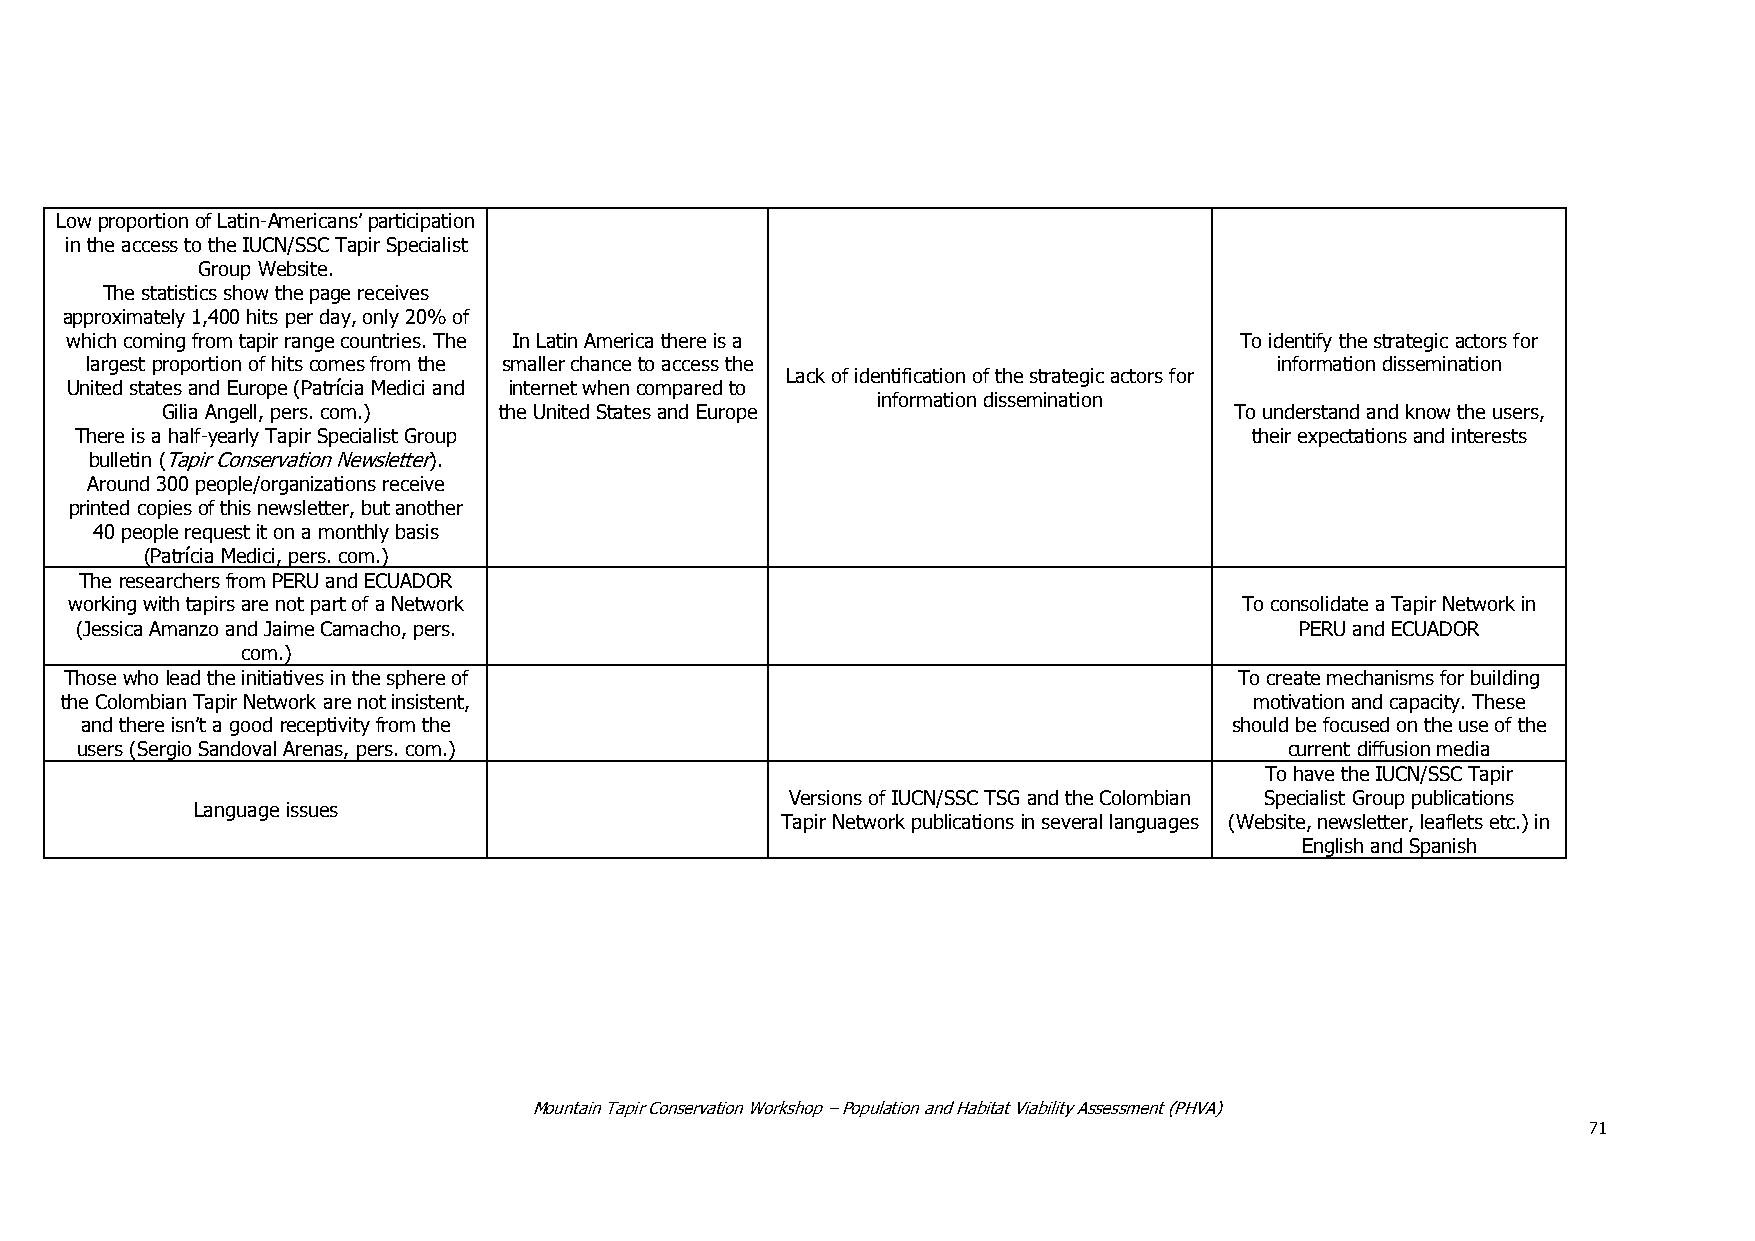
Low proportion of Latin-Americans’ participation
 in the access to the IUCN/SSC Tapir Specialist
 Group Website.
 The statistics show the page receives
 approximately 1,400 hits per day, only 20% of
 which coming from tapir range countries. The In Latin America there is a      To identify the strategic actors for
 largest proportion of hits comes from the smaller chance to access the        information dissemination
 Lack of identification of the strategic actors for
 United states and Europe (Patrícia Medici and internet when compared to
 information dissemination
 Gilia Angell, pers. com.) the United States and Europe                 To understand and know the users,
 There is a half-yearly Tapir Specialist Group                                 their expectations and interests
 bulletin (Tapir Conservation Newsletter).
 Around 300 people/organizations receive
 printed copies of this newsletter, but another
 40 people request it on a monthly basis
 (Patrícia Medici, pers. com.)
 The researchers from PERU and ECUADOR
 working with tapirs are not part of a Network                                To consolidate a Tapir Network in
 (Jessica Amanzo and Jaime Camacho, pers.                                         PERU and ECUADOR
 com.)
 Those who lead the initiatives in the sphere of                               To create mechanisms for building
 the Colombian Tapir Network are not insistent,                                 motivation and capacity. These
 and there isn’t a good receptivity from the                                 should be focused on the use of the
 users (Sergio Sandoval Arenas, pers. com.)                                      current diffusion media
 To have the IUCN/SSC Tapir
 Versions of IUCN/SSC TSG and the Colombian Specialist Group publications
 Language issues
 Tapir Network publications in several languages (Website, newsletter, leaflets etc.) in
 English and Spanish
 Mountain Tapir Conservation Workshop – Population and Habitat Viability Assessment (PHVA)
 71